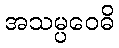
အသမ္ပဝေဓိ